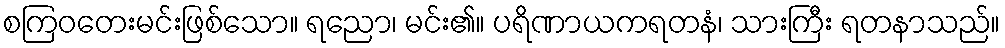
စကြဝတေးမင်းဖြစ်သော။ ရညော၊ မင်း၏။ ပရိဏာယကရတနံ၊ သားကြီး ရတနာသည်။